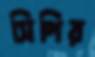
সিপির